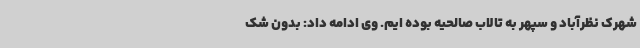
شهرک نظرآباد و سپهر به تالاب صالحیه بوده ایم. وی ادامه داد: بدون شک